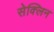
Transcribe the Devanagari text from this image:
सेक्लिन